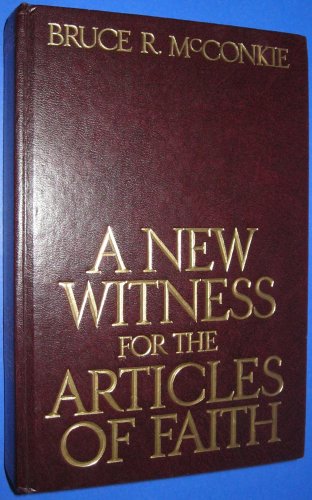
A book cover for A New Witness For the Articles Of Faith; Bruce R. McConkie; Christian Books & Bibles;